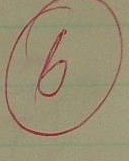
6